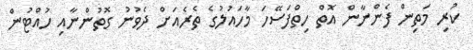
ކުރި މަތިން ފެންނާން އޮތް ހިތްފަސޭހަ މާހައުލުގެ ތެރެއަށް ދެވުނު ގޮތުންނާއި ހުއްޓުން